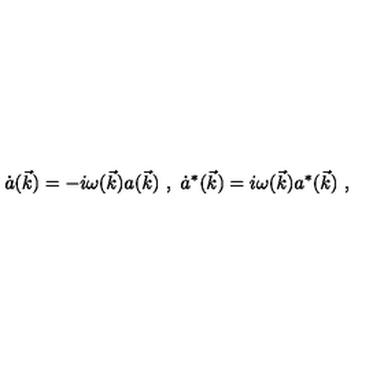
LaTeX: \dot { a } ( \vec { k } ) = - i \omega ( \vec { k } ) a ( \vec { k } ) \ , \ \dot { a } ^ { * } ( \vec { k } ) = i \omega ( \vec { k } ) a ^ { * } ( \vec { k } ) \ ,